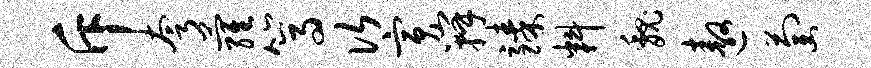
斥夸萝篙次寅瓣臻料魏遨萄